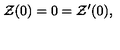
{ \cal Z } ( 0 ) = 0 = { \cal Z } ^ { \prime } ( 0 ) ,